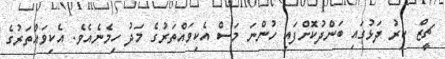
ޗީޒް ކިރު ދަޅުގައި ބަންދުކޮށްފައި ހުންނަ މަސް އެކިވައްތަރުގެ މަދު ހިމެނެއެވެ. އެކިވައްތަރުގެ